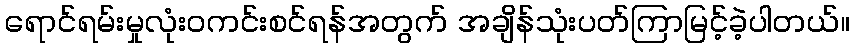
ရောင်ရမ်းမှုလုံးဝကင်းစင်ရန်အတွက် အချိန်သုံးပတ်ကြာမြင့်ခဲ့ပါတယ်။